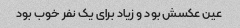
عین عکسش بود و زیاد برای یک نفر خوب بود